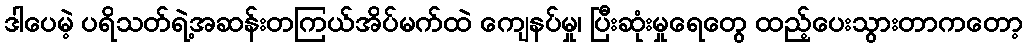
ဒါပေမဲ့ ပရိသတ်ရဲ့အဆန်းတကြယ်အိပ်မက်ထဲ ကျေနပ်မှု၊ ပြီးဆုံးမှုရေတွေ ထည့်ပေးသွားတာကတော့